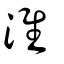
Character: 淮